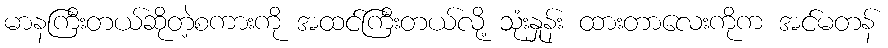
မာနကြီးတယ်ဆိုတဲ့စကားကို အထင်ကြီးတယ်လို့ သုံးနှုန်း ထားတာလေးကိုက အင်မတန်